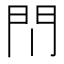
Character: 𫔘